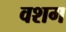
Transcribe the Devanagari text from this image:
वशग